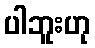
ပါဘူးဟု